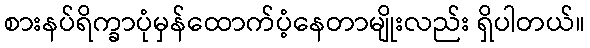
စားနပ်ရိက္ခာပုံမှန်ထောက်ပံ့နေတာမျိုးလည်း ရှိပါတယ်။